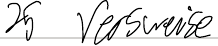
25 Versweise